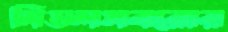
মিডলসবরোর